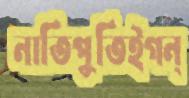
নাতিপুতিইগন্